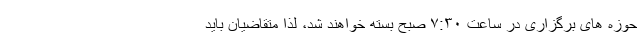
حوزه های برگزاری در ساعت ۷:۳۰ صبح بسته خواهند شد، لذا متقاضیان باید